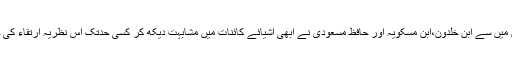
مسلمان مفکرین میں سے ابن خلدون،ابن مسکویہ اور حافظ مسعودی نے ابھی اشیائے کائنات میں مشابہت دیکھ کر کسی حدتک اس نظریہ ارتقاء کی حمایت کی ہے۔